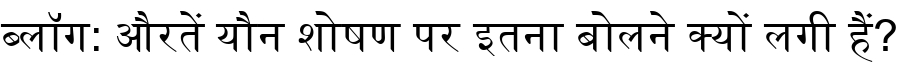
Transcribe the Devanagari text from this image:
ब्लॉग: औरतें यौन शोषण पर इतना बोलने क्यों लगी हैं?